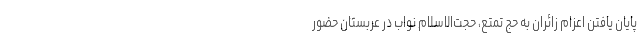
پایان یافتن اعزام زائران به حج تمتع، حجت‌الاسلام نواب در عربستان حضور